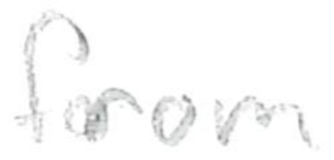
Text: from
Cross-out: clean
Writing tool: pencil